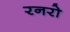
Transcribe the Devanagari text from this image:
रनरो